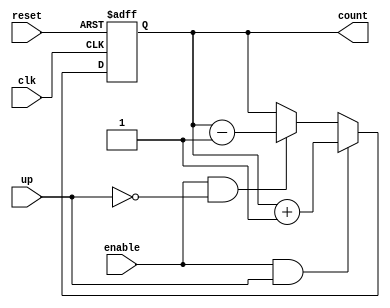
module counter #(parameter width = 8)(input reset,input clk,input enable,input up,output [width-1 : 0] count);

reg[width-1 : 0] next_count,current_count;

always @(posedge clk or negedge reset)
begin
if(!reset)current_count <= {width{1'b0}};
else current_count <= next_count;
end

always @(*)
begin
if(enable & up)next_count = current_count+1'b1;
else if (enable & !up)next_count = current_count-1'b1;
else next_count = current_count;
end

assign count = current_count;

endmodule